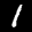
Label: 1